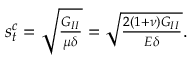
\begin{array} { r } { s _ { t } ^ { c } = \sqrt { \frac { G _ { I I } } { \mu \delta } } = \sqrt { \frac { 2 ( 1 + \nu ) G _ { I I } } { E \delta } } . } \end{array}